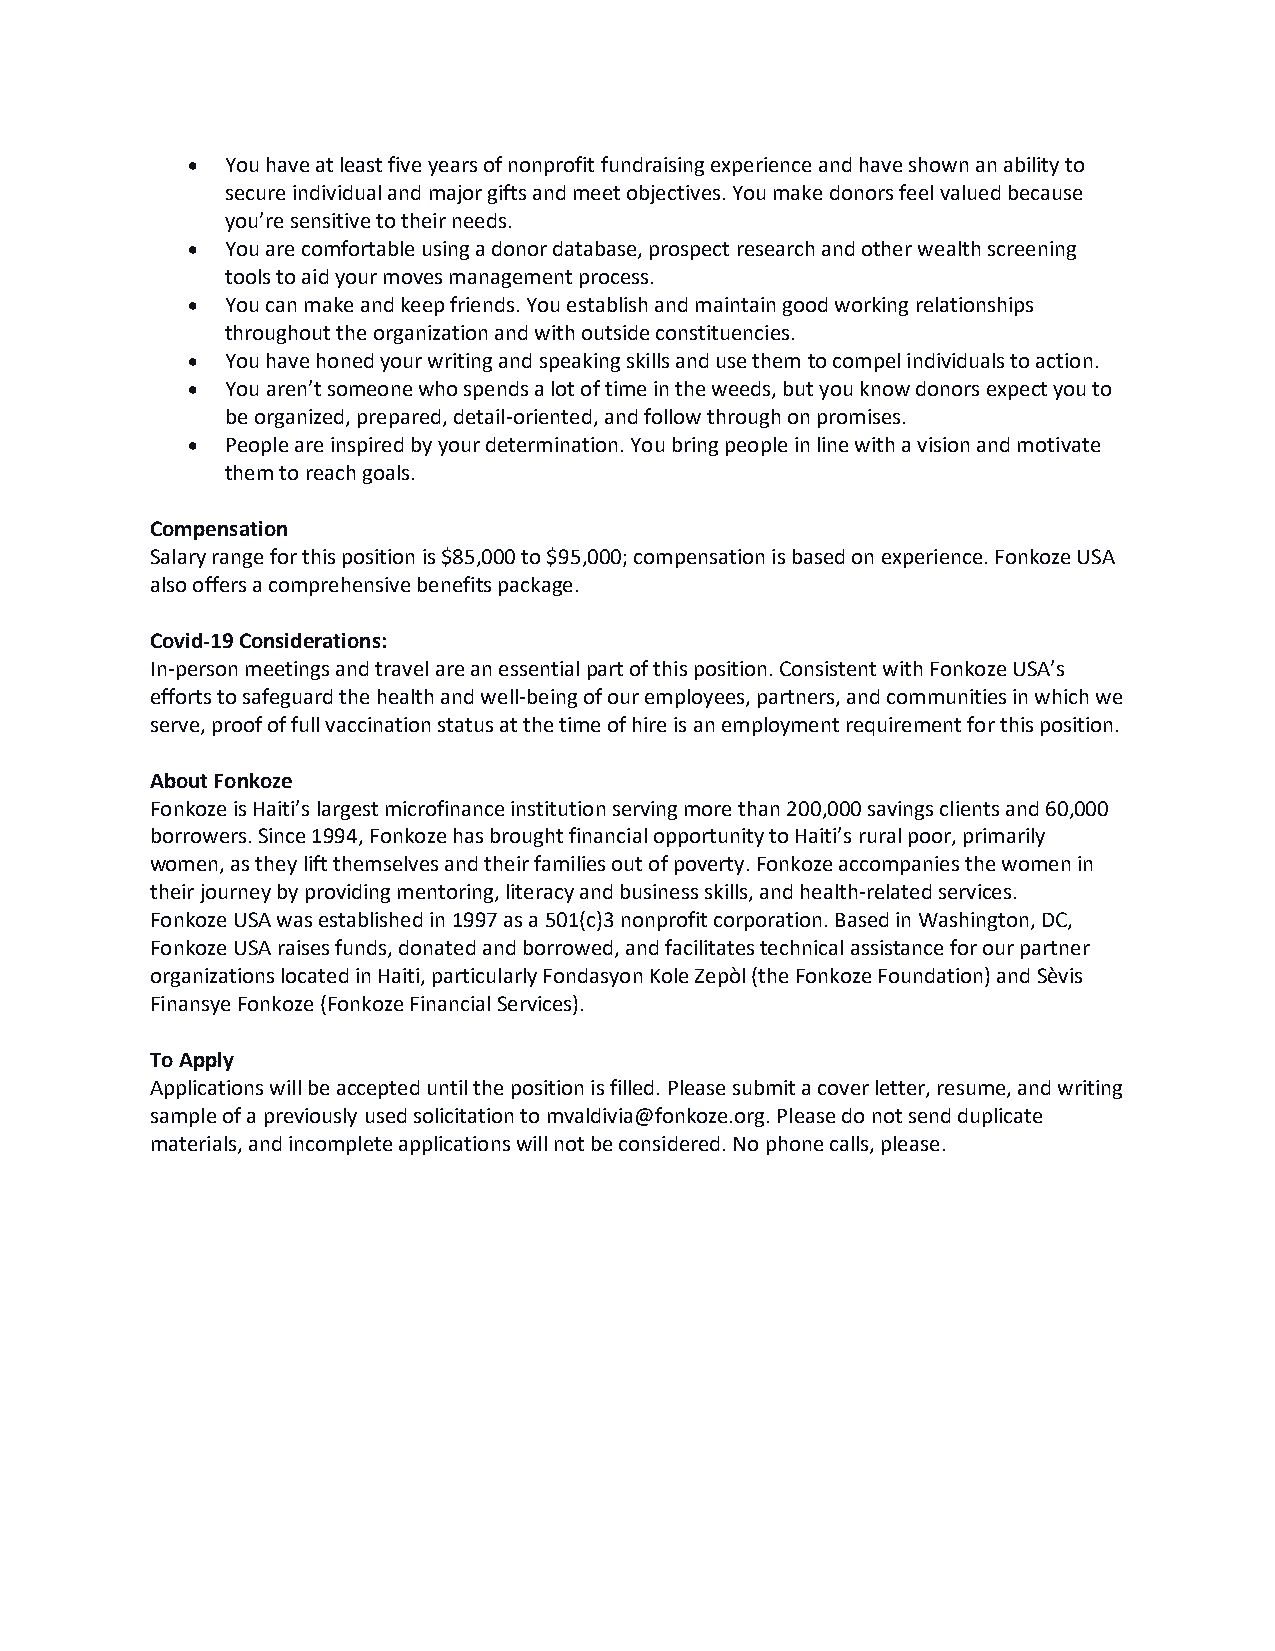
•  You have at least five years of nonprofit fundraising experience and have shown an ability to
 secure individual and major gifts and meet objectives. You make donors feel valued because
 you’re sensitive to their needs.
 •  You are comfortable using a donor database, prospect research and other wealth screening
 tools to aid your moves management process.
 •  You can make and keep friends. You establish and maintain good working relationships
 throughout the organization and with outside constituencies.
 •  You have honed your writing and speaking skills and use them to compel individuals to action.
 •  You aren’t someone who spends a lot of time in the weeds, but you know donors expect you to
 be organized, prepared, detail-oriented, and follow through on promises.
 •  People are inspired by your determination. You bring people in line with a vision and motivate
 them to reach goals.
 Compensation
 Salary range for this position is $85,000 to $95,000; compensation is based on experience. Fonkoze USA
 also offers a comprehensive benefits package.
 Covid-19 Considerations:
 In-person meetings and travel are an essential part of this position. Consistent with Fonkoze USA’s
 efforts to safeguard the health and well-being of our employees, partners, and communities in which we
 serve, proof of full vaccination status at the time of hire is an employment requirement for this position.
 About Fonkoze
 Fonkoze is Haiti’s largest microfinance institution serving more than 200,000 savings clients and 60,000
 borrowers. Since 1994, Fonkoze has brought financial opportunity to Haiti’s rural poor, primarily
 women, as they lift themselves and their families out of poverty. Fonkoze accompanies the women in
 their journey by providing mentoring, literacy and business skills, and health-related services.
 Fonkoze USA was established in 1997 as a 501(c)3 nonprofit corporation. Based in Washington, DC,
 Fonkoze USA raises funds, donated and borrowed, and facilitates technical assistance for our partner
 organizations located in Haiti, particularly Fondasyon Kole Zepòl (the Fonkoze Foundation) and Sèvis
 Finansye Fonkoze (Fonkoze Financial Services).
 To Apply
 Applications will be accepted until the position is filled. Please submit a cover letter, resume, and writing
 sample of a previously used solicitation to mvaldivia@fonkoze.org. Please do not send duplicate
 materials, and incomplete applications will not be considered. No phone calls, please.